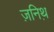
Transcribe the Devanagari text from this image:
ज़निथ़